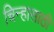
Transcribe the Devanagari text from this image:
चिन्हासाठी